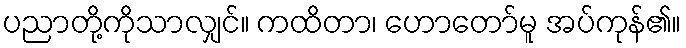
ပညာတို့ကိုသာလျှင်။ ကထိတာ၊ ဟောတော်မူ အပ်ကုန်၏။